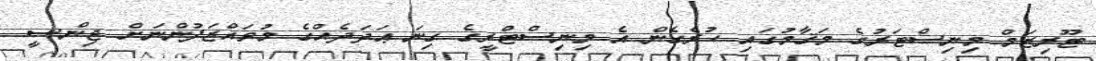
ޓޫރިޒަމް މިނިސްޓަރުގެ މަޤާމުގައި ހުރެގެން އެ މިނިސްޓްރީގެ ގިނަ ޢަދަދެއްގެ މުވައްޒަފުންނަށް ޖިންސީ